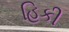
હિકી